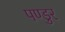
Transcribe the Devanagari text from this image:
पण्डुर